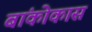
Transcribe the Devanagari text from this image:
बांकोकास